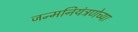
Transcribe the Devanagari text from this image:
जन्मनियंत्रणेच्या